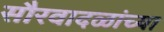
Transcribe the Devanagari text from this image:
सौरवादळांच्या